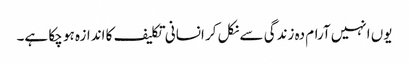
یوں انہیں آرام دہ زندگی سے نکل کر انسانی تکلیف کا اندازہ ہو چکا ہے۔